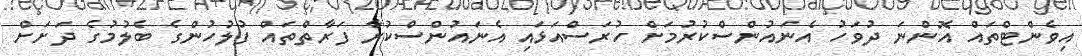
އިވެންޓްތައް އޮންނަ ދުވަހު އެނައުންސްކުރުމަށް ހުރަސްއަޅައި އެނައުންސްކުރާ ފަރާތްތައް ފުލުހުންގެ ބެލުމުގެ ދަށަށް